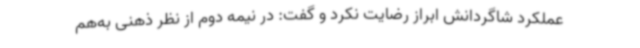
عملکرد شاگردانش ابراز رضایت نکرد و گفت: در نیمه دوم از نظر ذهنی به‌هم